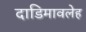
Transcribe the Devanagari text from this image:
दाडिमावलेह